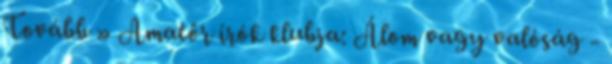
Tovább » Amatőr írók klubja: Álom vagy valóság -